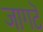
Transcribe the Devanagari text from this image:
जागटॆ